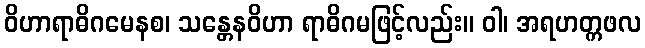
ဝိဟာရာဓိဂမေနစ၊ သန္တေနဝိဟာ ရာဓိဂမဖြင့်လည်း။ ဝါ၊ အရဟတ္ကဖလ